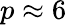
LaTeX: p\approx 6